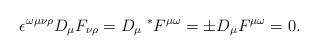
LaTeX: \begin{align*}\epsilon ^{\omega \mu \nu \rho }D_{\mu }F_{\nu \rho }=D_{\mu }\;^{*}F^{\mu\omega }=\pm D_{\mu }F^{\mu \omega }=0.\end{align*}